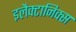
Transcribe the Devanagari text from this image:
इलैक्टानिक्स